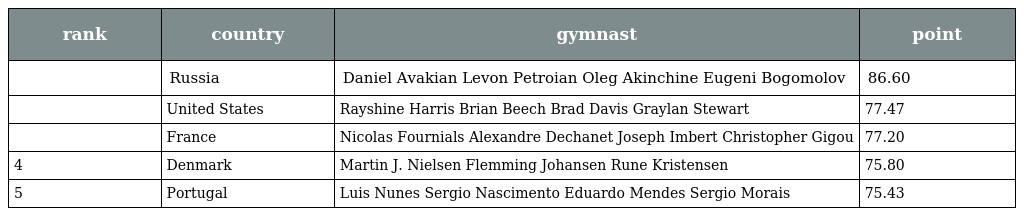
| rank | country | gymnast | point |
 | --- | --- | --- | --- |
 |  | Russia | Daniel Avakian Levon Petroian Oleg Akinchine Eugeni Bogomolov | 86.60 |
 |  | United States | Rayshine Harris Brian Beech Brad Davis Graylan Stewart | 77.47 |
 |  | France | Nicolas Fournials Alexandre Dechanet Joseph Imbert Christopher Gigou | 77.20 |
 | 4 | Denmark | Martin J. Nielsen Flemming Johansen Rune Kristensen | 75.80 |
 | 5 | Portugal | Luis Nunes Sergio Nascimento Eduardo Mendes Sergio Morais | 75.43 |